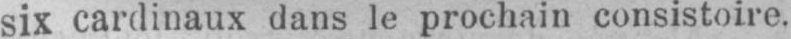
six cardinaux dans le prochain consistoire.